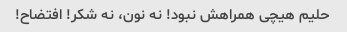
حلیم هیچی همراهش نبود! نه نون، نه شکر! افتضاح!